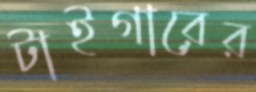
টাইগারের